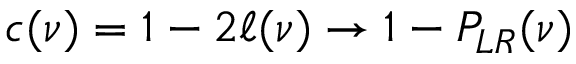
c ( \nu ) = 1 - 2 \ell ( \nu ) \to 1 - P _ { L R } ( \nu )